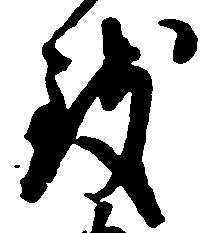
致